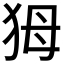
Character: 𤝕